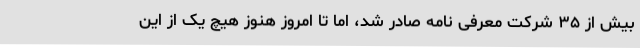
بیش از ۳۵ شرکت معرفی ‌نامه صادر شد، اما تا امروز هنوز هیچ یک از این